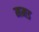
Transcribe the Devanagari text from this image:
ममड